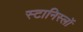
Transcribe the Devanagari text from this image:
स्टानिस्लॉ